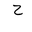
Letter: _ha